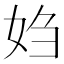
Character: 㛀